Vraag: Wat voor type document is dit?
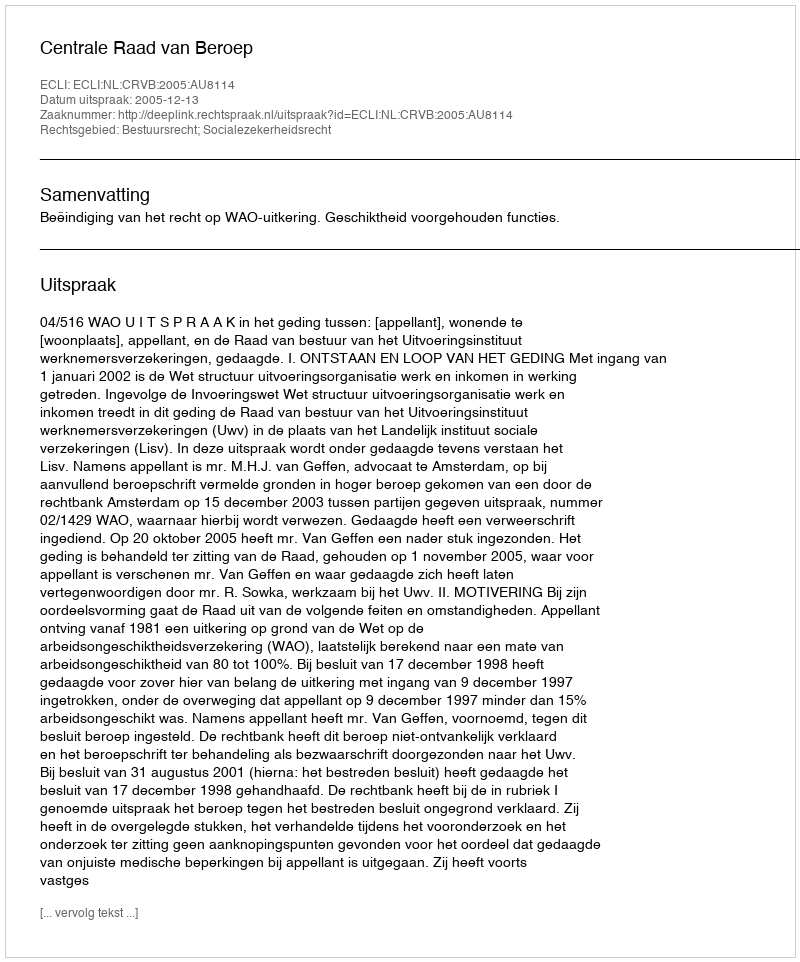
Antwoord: Uitspraak